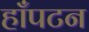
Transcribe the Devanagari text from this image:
हाँपटन